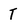
Character: T